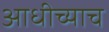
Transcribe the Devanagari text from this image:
आधीच्याच